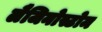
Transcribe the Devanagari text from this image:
लैजिनोस्टोम